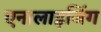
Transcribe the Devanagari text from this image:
एनालाइजिंग